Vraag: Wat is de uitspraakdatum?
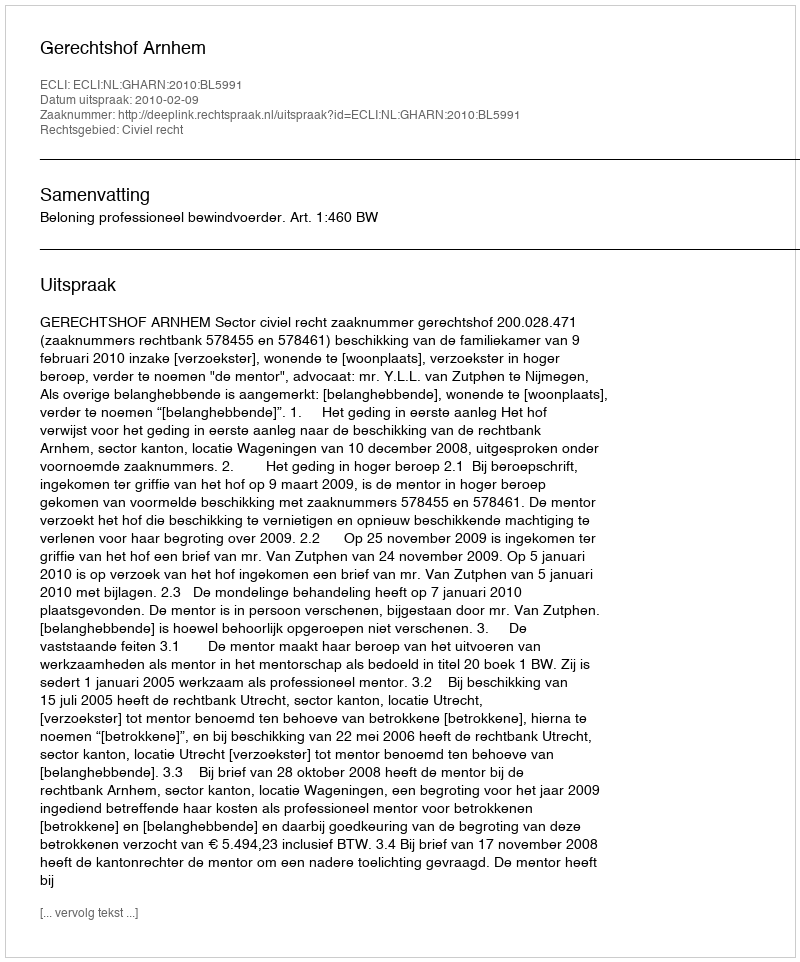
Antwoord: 2010-02-09